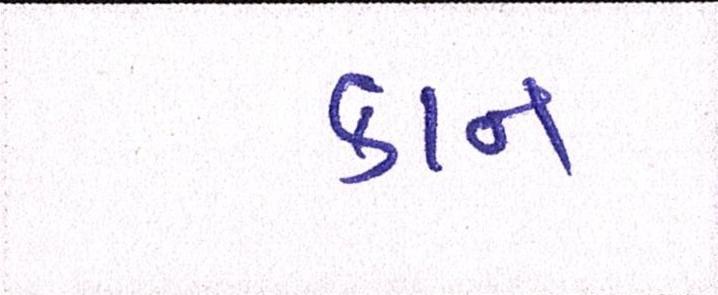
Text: કાન